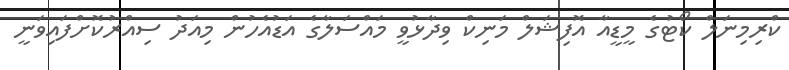
ކްރިމިނަލް ކޯޓުގެ މީޑީއާ އޮފިޝަލް މަނިކް ވިދާޅުވީ މައްސަލާގެ އަޑުއެހުން މިއަދު ސިއްރުކޮށްފައިވަނީ